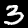
Label: 3